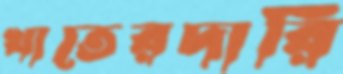
খাতেরদারি